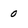
Character: 0